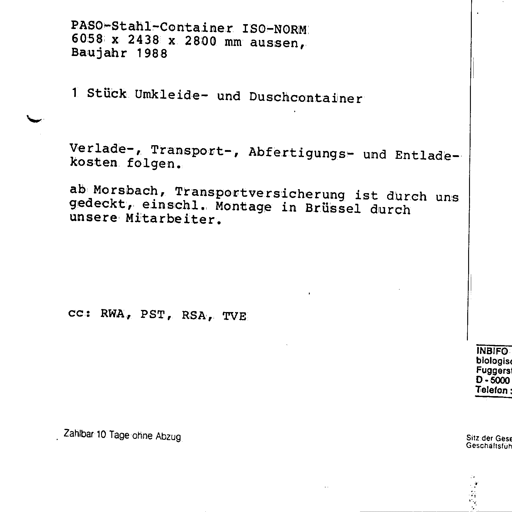
PASO-Stahl-Container ISO-NORM
6058 x 2438 x 2800 mm aussen,
Baujahr 1988

1 Stück Umkleide- und Duschcontainer

Verlade-, Transport-, Abfertigungs- und Entlade-
kosten folgen.

ab Morsbach, Transportversicherung ist durch uns
gedeckt, einschl. Montage in Brüssel durch
unsere Mitarbeiter.

cc: RWA, PST, RSA, TVE

INBIFO
biologisc
Fuggers
D - 5000
Telefon

Zahlbar 10 Tage ohne Abzug

Sitz der Gese
Geschäftsfüh